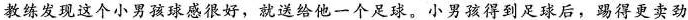
教练发现这个小男孩球感很好，就送给他一个足球。小男孩得到足球后，踢得更卖劲